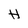
Character: H